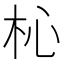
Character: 杺